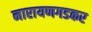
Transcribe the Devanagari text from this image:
नारायणगडकर